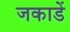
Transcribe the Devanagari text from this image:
जकाडें